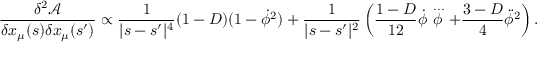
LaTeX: \frac { \delta ^ { 2 } \mathcal { A } } { \delta x _ { \mu } ( s ) \delta x _ { \mu } ( s ^ { \prime } ) } \propto \frac { 1 } { | s - s ^ { \prime } | ^ { 4 } } ( 1 - D ) ( 1 - \dot { \phi } ^ { 2 } ) + \frac { 1 } { | s - s ^ { \prime } | ^ { 2 } } \left( \frac { 1 - D } { 1 2 } \dot { \phi } \stackrel { { \, . . . } } { \phi } + \frac { 3 - D } { 4 } \ddot { \phi } ^ { 2 } \right) .